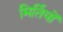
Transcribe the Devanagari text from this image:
मिर्तियों